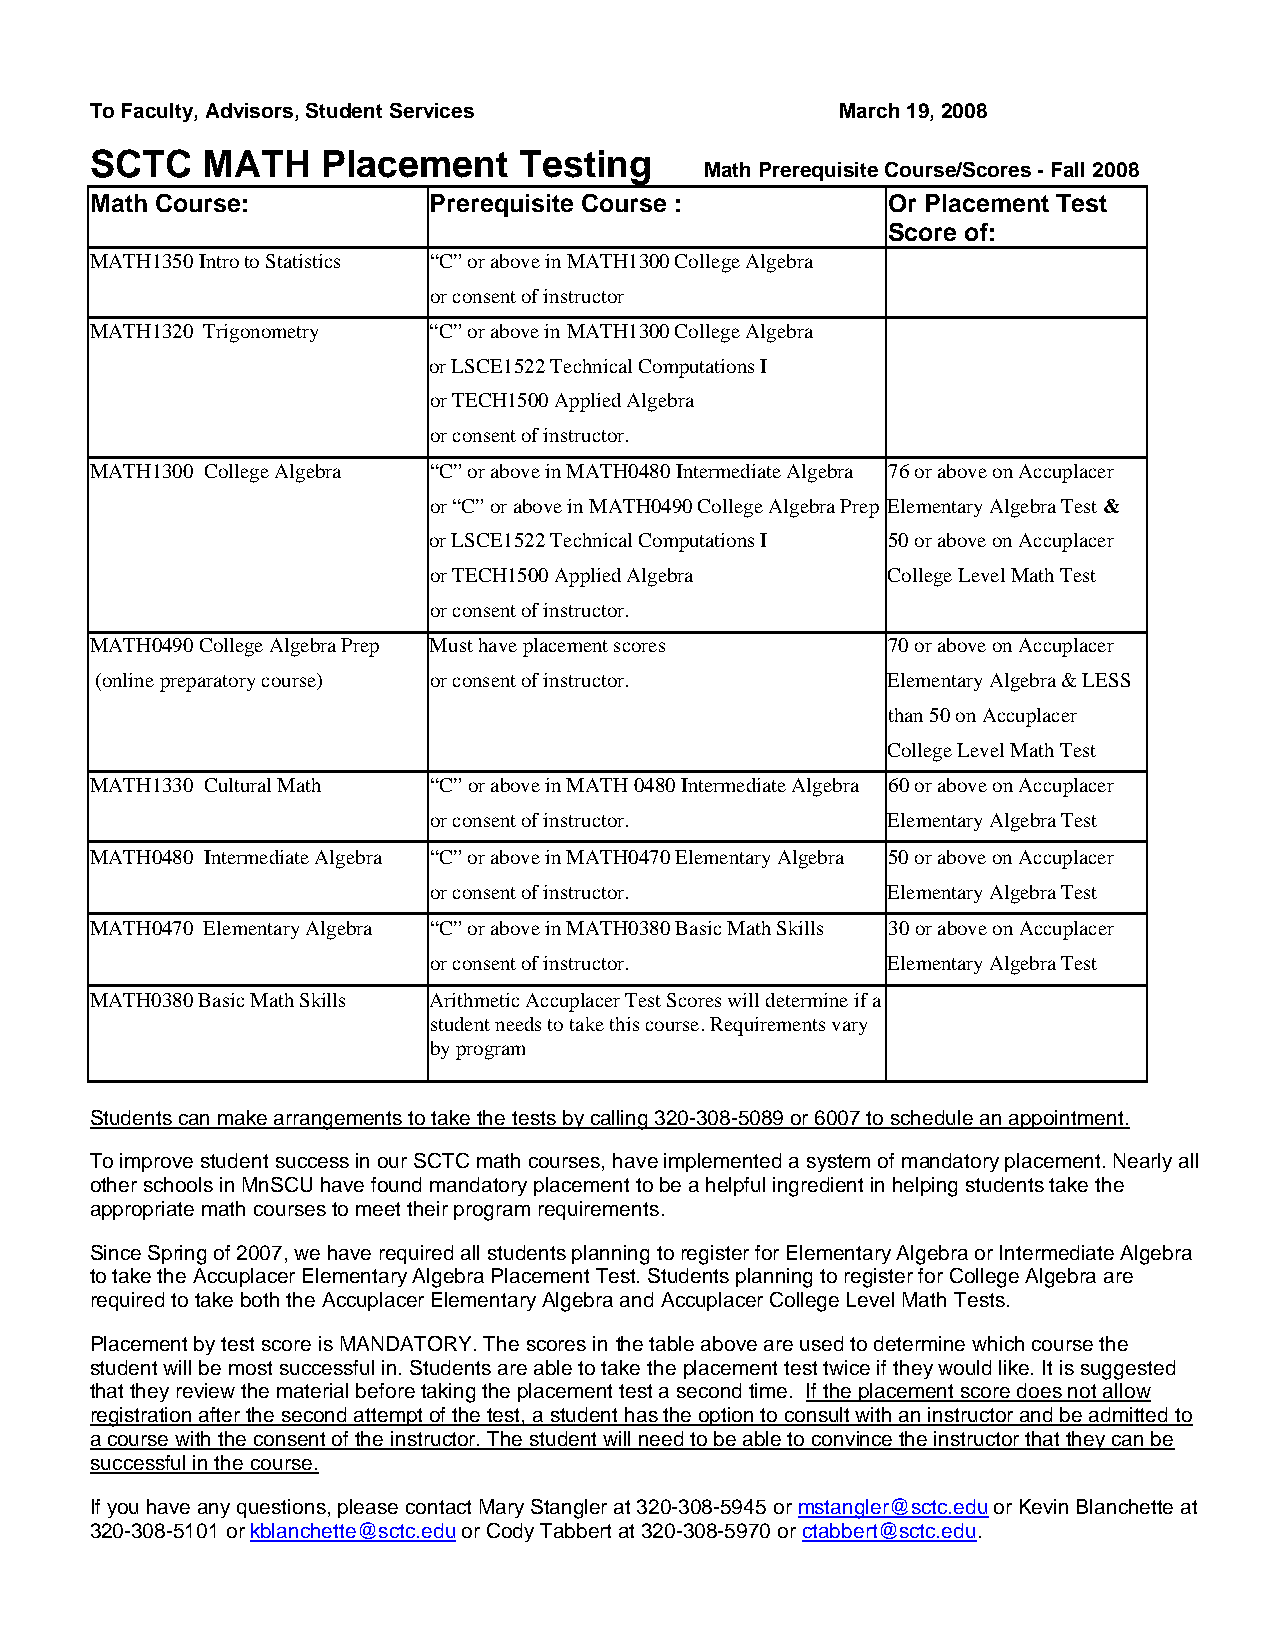
To Faculty, Advisors, Student Services            March 19, 2008
 SCTC   MATH    Placement    Testing
 Math Prerequisite Course/Scores - Fall 2008
 Math Course:          Prerequisite Course :          Or Placement Test
 Score of:
 MATH1350 Intro to Statistics “C” or above in MATH1300 College Algebra
 or consent of instructor
 MATH1320 Trigonometry “C” or above in MATH1300 College Algebra
 or LSCE1522 Technical Computations I
 or TECH1500 Applied Algebra
 or consent of instructor.
 MATH1300 College Algebra “C” or above in MATH0480 Intermediate Algebra 76 or above on Accuplacer
 or “C” or above in MATH0490 College Algebra Prep Elementary Algebra Test &
 or LSCE1522 Technical Computations I 50 or above on Accuplacer
 or TECH1500 Applied Algebra    College Level Math Test
 or consent of instructor.
 MATH0490 College Algebra Prep Must have placement scores 70 or above on Accuplacer
 (online preparatory course) or consent of instructor. Elementary Algebra & LESS
 than 50 on Accuplacer
 College Level Math Test
 MATH1330 Cultural Math “C” or above in MATH 0480 Intermediate Algebra 60 or above on Accuplacer
 or consent of instructor.      Elementary Algebra Test
 MATH0480 Intermediate Algebra “C” or above in MATH0470 Elementary Algebra 50 or above on Accuplacer
 or consent of instructor.      Elementary Algebra Test
 MATH0470 Elementary Algebra “C” or above in MATH0380 Basic Math Skills 30 or above on Accuplacer
 or consent of instructor.      Elementary Algebra Test
 MATH0380 Basic Math Skills Arithmetic Accuplacer Test Scores will determine if a
 student needs to take this course. Requirements vary
 by program
 Students can make arrangements to take the tests by calling 320-308-5089 or 6007 to schedule an appointment.
 To improve student success in our SCTC math courses, have implemented a system of mandatory placement. Nearly all
 other schools in MnSCU have found mandatory placement to be a helpful ingredient in helping students take the
 appropriate math courses to meet their program requirements.
 Since Spring of 2007, we have required all students planning to register for Elementary Algebra or Intermediate Algebra
 to take the Accuplacer Elementary Algebra Placement Test. Students planning to register for College Algebra are
 required to take both the Accuplacer Elementary Algebra and Accuplacer College Level Math Tests.
 Placement by test score is MANDATORY. The scores in the table above are used to determine which course the
 student will be most successful in. Students are able to take the placement test twice if they would like. It is suggested
 that they review the material before taking the placement test a second time. If the placement score does not allow
 registration after the second attempt of the test, a student has the option to consult with an instructor and be admitted to
 a course with the consent of the instructor. The student will need to be able to convince the instructor that they can be
 successful in the course.
 If you have any questions, please contact Mary Stangler at 320-308-5945 or mstangler@sctc.edu or Kevin Blanchette at
 320-308-5101 or kblanchette@sctc.edu or Cody Tabbert at 320-308-5970 or ctabbert@sctc.edu.